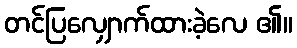
တင်ပြလျှောက်ထားခဲ့လေ ၏။